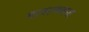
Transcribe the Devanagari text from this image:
मात्रात्मकता